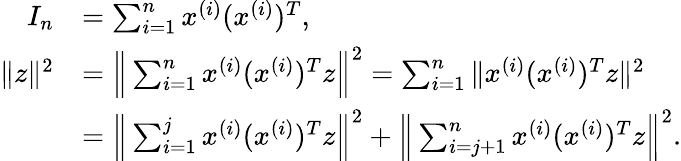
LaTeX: \begin{array}{rl}{I_{n}}&{=\sum_{i=1}^{n}x^{(i)}(x^{(i)})^{T},}\\ {\| z\| ^{2}}&{=\Big\| \sum_{i=1}^{n}x^{(i)}(x^{(i)})^{T}z\Big\| ^{2}=\sum_{i=1}^{n}\| x^{(i)}(x^{(i)})^{T}z\| ^{2}}\\ &{=\Big\| \sum_{i=1}^{j}x^{(i)}(x^{(i)})^{T}z\Big\| ^{2}+\Big\| \sum_{i=j+1}^{n}x^{(i)}(x^{(i)})^{T}z\Big\| ^{2}.}\end{array}